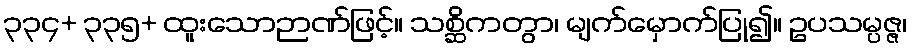
၃၃၄+ ၃၃၅+ ထူးသောဉာဏ်ဖြင့်။ သစ္ဆိကတွာ၊ မျက်မှောက်ပြု၍။ ဥပသမ္ပဇ္ဇ၊